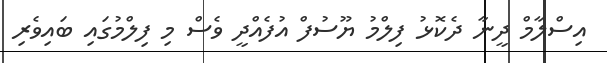
އިސްލާމް ދީނާ ދެކޮޅު ފިލްމު ޔޫސުފް އުފެއްދީ ވެސް މި ފިލްމުގައި ބައިވެރި